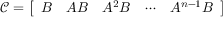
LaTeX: { \mathcal { C } } = { \left[ \begin{array} { l l l l l } { B } & { A B } & { A ^ { 2 } B } & { \cdots } & { A ^ { n - 1 } B } \end{array} \right] }